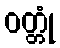
ဝတ္တုံ